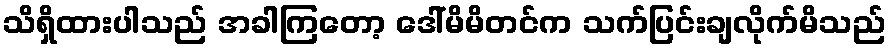
သိရှိထားပါသည် အခါကြတော့ ဒေါ်မိမိတင်က သက်ပြင်းချလိုက်မိသည်